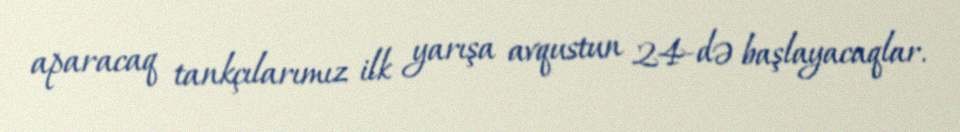
aparacaq tankçılarımız ilk yarışa avqustun 24-də başlayacaqlar.